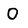
Character: O